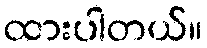
ထားပါတယ်။